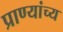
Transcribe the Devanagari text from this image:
प्राण्यांच्य